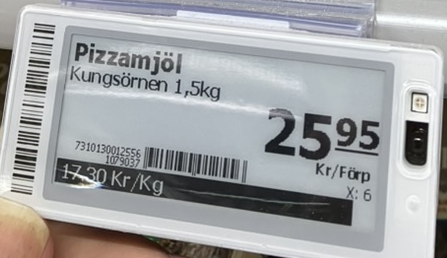
Vara: Pizzamjöl
Genomsnittspris: 17.3 per kg